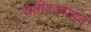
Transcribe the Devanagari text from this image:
यतीश्वरानंद